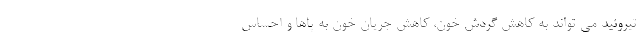
تیروئید می تواند به کاهش گردش خون، کاهش جریان خون به پاها و احساس